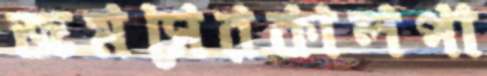
জমসেরকালপা